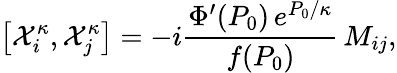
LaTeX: \left[{\cal X}_{i}^{\kappa},{\cal X}_{j}^{\kappa}\right]=-i\frac{\Phi^{\prime}(P_{0})\, e^{P_{0}/\kappa}}{f(P_{0})}\, M_{ij},